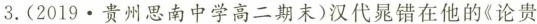
3.(2019·贵州思南中学高二期末)汉代晁错在他的《论贵